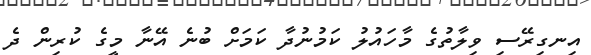
އިނގިރޭސި ވިލާތުގެ މާހައުލު ކަމުނުދާ ކަމަށް ބުނެ އޭނާ މީގެ ކުރިން ދެ